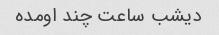
دیشب ساعت چند اومده